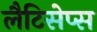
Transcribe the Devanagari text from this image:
लैटिसेप्स